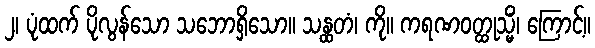
၂၊ ပုံထက် ပိုလွန်သော သဘောရှိသော။ သန္ထတံ၊ ကို။ ကရဏဝတ္ထုသ္မိံ၊ ကြောင့်။